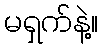
မရှက်နဲ့။